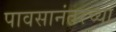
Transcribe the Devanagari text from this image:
पावसानंतरच्या